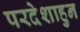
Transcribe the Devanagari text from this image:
परदेशाहुन